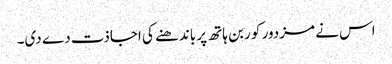
اس نے مزدور کو ربن ہاتھ پر باندھنے کی اجاذت دے دی۔